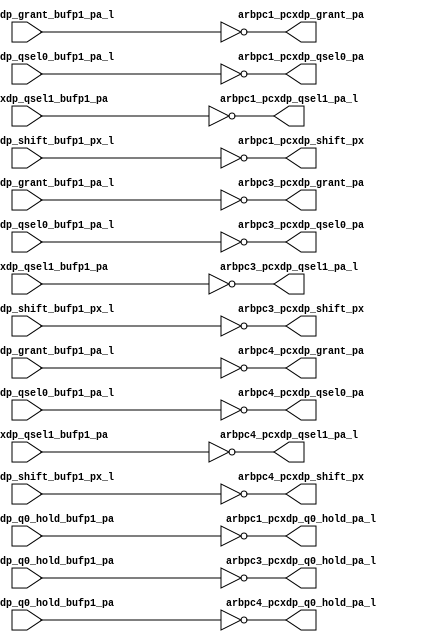
module pcx_buf_pdl_odd(/*AUTOARG*/
   // Outputs
   arbpc1_pcxdp_grant_pa, arbpc1_pcxdp_q0_hold_pa_l, 
   arbpc1_pcxdp_qsel0_pa, arbpc1_pcxdp_qsel1_pa_l, 
   arbpc1_pcxdp_shift_px, arbpc3_pcxdp_grant_pa, 
   arbpc3_pcxdp_q0_hold_pa_l, arbpc3_pcxdp_qsel0_pa, 
   arbpc3_pcxdp_qsel1_pa_l, arbpc3_pcxdp_shift_px, 
   arbpc4_pcxdp_grant_pa, arbpc4_pcxdp_q0_hold_pa_l, 
   arbpc4_pcxdp_qsel0_pa, arbpc4_pcxdp_qsel1_pa_l, 
   arbpc4_pcxdp_shift_px, 
   // Inputs
   arbpc1_pcxdp_grant_bufp1_pa_l, arbpc1_pcxdp_q0_hold_bufp1_pa, 
   arbpc1_pcxdp_qsel0_bufp1_pa_l, arbpc1_pcxdp_qsel1_bufp1_pa, 
   arbpc1_pcxdp_shift_bufp1_px_l, arbpc3_pcxdp_grant_bufp1_pa_l, 
   arbpc3_pcxdp_q0_hold_bufp1_pa, arbpc3_pcxdp_qsel0_bufp1_pa_l, 
   arbpc3_pcxdp_qsel1_bufp1_pa, arbpc3_pcxdp_shift_bufp1_px_l, 
   arbpc4_pcxdp_grant_bufp1_pa_l, arbpc4_pcxdp_q0_hold_bufp1_pa, 
   arbpc4_pcxdp_qsel0_bufp1_pa_l, arbpc4_pcxdp_qsel1_bufp1_pa, 
   arbpc4_pcxdp_shift_bufp1_px_l
   );


   output 		arbpc1_pcxdp_grant_pa		;	
   output 		arbpc1_pcxdp_q0_hold_pa_l		;
   output 		arbpc1_pcxdp_qsel0_pa		;	
   output 		arbpc1_pcxdp_qsel1_pa_l		;	
   output 		arbpc1_pcxdp_shift_px		;	

   output 		arbpc3_pcxdp_grant_pa		;	
   output 		arbpc3_pcxdp_q0_hold_pa_l		;
   output 		arbpc3_pcxdp_qsel0_pa		;	
   output 		arbpc3_pcxdp_qsel1_pa_l		;	
   output 		arbpc3_pcxdp_shift_px		;	

   output 		arbpc4_pcxdp_grant_pa		;	
   output 		arbpc4_pcxdp_q0_hold_pa_l		;
   output 		arbpc4_pcxdp_qsel0_pa		;	
   output 		arbpc4_pcxdp_qsel1_pa_l		;	
   output 		arbpc4_pcxdp_shift_px		;	

   
   input 		arbpc1_pcxdp_grant_bufp1_pa_l;	
   input 		arbpc1_pcxdp_q0_hold_bufp1_pa;
   input 		arbpc1_pcxdp_qsel0_bufp1_pa_l;	
   input 		arbpc1_pcxdp_qsel1_bufp1_pa;	
   input 		arbpc1_pcxdp_shift_bufp1_px_l;	

   input 		arbpc3_pcxdp_grant_bufp1_pa_l;	
   input 		arbpc3_pcxdp_q0_hold_bufp1_pa;
   input 		arbpc3_pcxdp_qsel0_bufp1_pa_l;	
   input 		arbpc3_pcxdp_qsel1_bufp1_pa;	
   input 		arbpc3_pcxdp_shift_bufp1_px_l;	

   input 		arbpc4_pcxdp_grant_bufp1_pa_l;	
   input 		arbpc4_pcxdp_q0_hold_bufp1_pa;
   input 		arbpc4_pcxdp_qsel0_bufp1_pa_l;	
   input 		arbpc4_pcxdp_qsel1_bufp1_pa;	
   input 		arbpc4_pcxdp_shift_bufp1_px_l;	

   

   assign		arbpc1_pcxdp_grant_pa	   =        ~arbpc1_pcxdp_grant_bufp1_pa_l;      	
   assign		arbpc1_pcxdp_q0_hold_pa_l  =        ~arbpc1_pcxdp_q0_hold_bufp1_pa;  
   assign		arbpc1_pcxdp_qsel0_pa	   =        ~arbpc1_pcxdp_qsel0_bufp1_pa_l;      
   assign		arbpc1_pcxdp_qsel1_pa_l	   =        ~arbpc1_pcxdp_qsel1_bufp1_pa;    
   assign		arbpc1_pcxdp_shift_px	   =        ~arbpc1_pcxdp_shift_bufp1_px_l;      
								                                                   
   assign		arbpc3_pcxdp_grant_pa	   =        ~arbpc3_pcxdp_grant_bufp1_pa_l;      	
   assign		arbpc3_pcxdp_q0_hold_pa_l  =        ~arbpc3_pcxdp_q0_hold_bufp1_pa;  
   assign		arbpc3_pcxdp_qsel0_pa	   =        ~arbpc3_pcxdp_qsel0_bufp1_pa_l;      
   assign		arbpc3_pcxdp_qsel1_pa_l	   =        ~arbpc3_pcxdp_qsel1_bufp1_pa;    
   assign		arbpc3_pcxdp_shift_px	   =        ~arbpc3_pcxdp_shift_bufp1_px_l;      
								                                                   
   assign		arbpc4_pcxdp_grant_pa	   =        ~arbpc4_pcxdp_grant_bufp1_pa_l;      	
   assign		arbpc4_pcxdp_q0_hold_pa_l  =        ~arbpc4_pcxdp_q0_hold_bufp1_pa;  
   assign		arbpc4_pcxdp_qsel0_pa	   =        ~arbpc4_pcxdp_qsel0_bufp1_pa_l;      
   assign		arbpc4_pcxdp_qsel1_pa_l	   =        ~arbpc4_pcxdp_qsel1_bufp1_pa;    
   assign		arbpc4_pcxdp_shift_px	   =        ~arbpc4_pcxdp_shift_bufp1_px_l;      
								                                                   


   

endmodule